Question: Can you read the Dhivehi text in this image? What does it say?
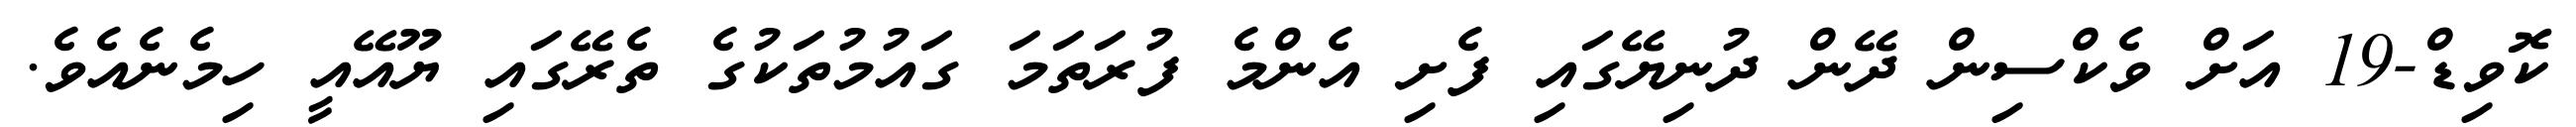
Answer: ކޮވިޑް-19 އަށް ވެކްސިން ދޭން ދުނިޔޭގައި ފެށި އެންމެ ފުރަތަމަ ގައުމުތަކުގެ ތެރޭގައި ޔޫއޭއީ ހިމެނެއެވެ.